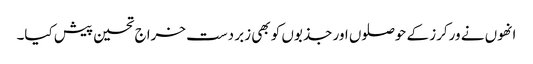
انھوں نے ورکرز کے حوصلوں اور جذبوں کو بھی زبر دست خراج تحسین پیش کیا۔